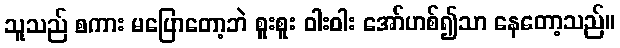
သူသည် စကား မပြောတော့ဘဲ စူးစူး ဝါးဝါး အော်ဟစ်၍သာ နေတော့သည်။